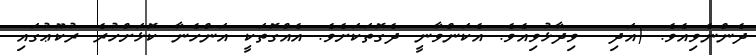
ދެންނެވިއެވެ. (އަދި  ވިދާޅުވިއެވެ. އެކަންވާނީ ދެގޮތަކަށެވެ. އެއްގޮތަކީ އަންހެނާ ކޮޅަށްހުރެ ރުކޫޢުގައި